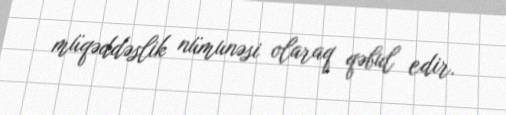
müqəddəslik nümunəsi olaraq qəbul edir.